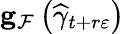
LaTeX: \mathbf{g}_{\mathcal{F}}\left(\widehat{\gamma}_{t+r\varepsilon}\right)